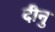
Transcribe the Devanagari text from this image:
दीनु